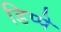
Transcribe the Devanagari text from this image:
डिप्पे